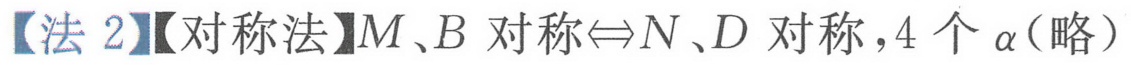
【法 2】【对称法】\(M、B\) 对称\(\Leftrightarrow N、D\) 对称，4 个 \(\alpha\)（略）